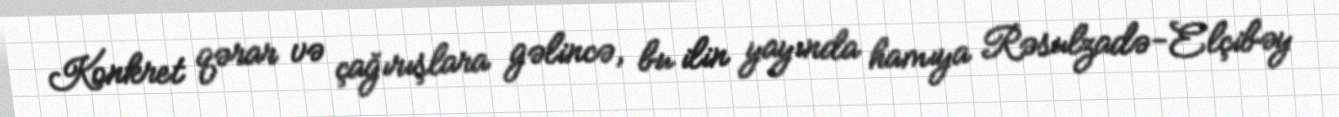
Konkret qərar və çağırışlara gəlincə, bu ilin yayında hamıya Rəsulzadə-Elçibəy